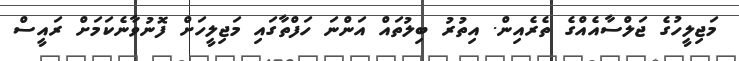
މަޖިލީހުގެ ޖަލްސާއެއްގެ ތެރެއިން. އިތުރު ބިލުތައް އަންނަ ހަފްތާގައި މަޖިލީހަށް ފޮނުވާނެކަމަށް ރައީސް